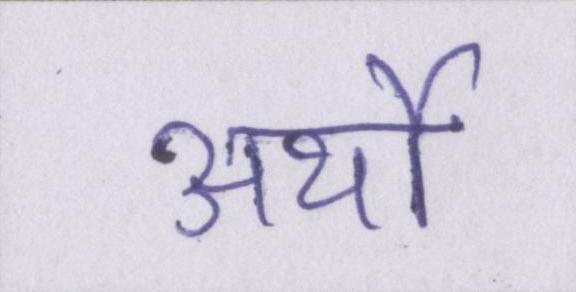
अर्थों